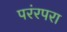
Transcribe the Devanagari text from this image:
परंरपरा